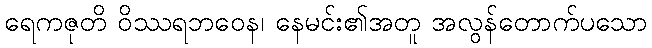
ရေကဇုတိ ဝိဿရဘဝေန၊ နေမင်း၏အတူ အလွန်တောက်ပသော